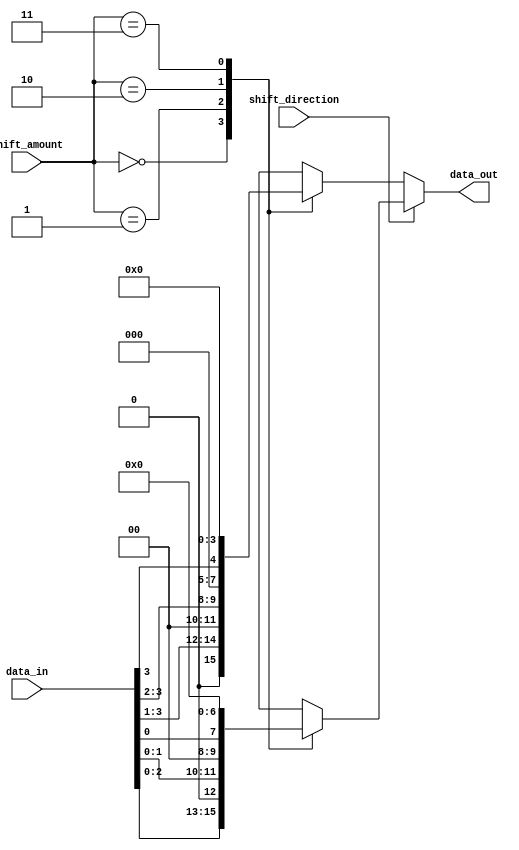
module BarrelShifter (
    input [3:0] data_in,
    input [1:0] shift_amount,
    input shift_direction,
    output [3:0] data_out
);

reg [3:0] shifted_data;

always @(*) begin
    if (shift_direction) begin
        case(shift_amount)
            2'b00: shifted_data = data_in << 1;
            2'b01: shifted_data = data_in << 2;
            2'b10: shifted_data = data_in << 3;
            2'b11: shifted_data = data_in << 4;
        endcase
    end else begin
        case(shift_amount)
            2'b00: shifted_data = data_in >> 1;
            2'b01: shifted_data = data_in >> 2;
            2'b10: shifted_data = data_in >> 3;
            2'b11: shifted_data = data_in >> 4;
        endcase
    end
end

assign data_out = shifted_data;

endmodule